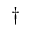
\dag